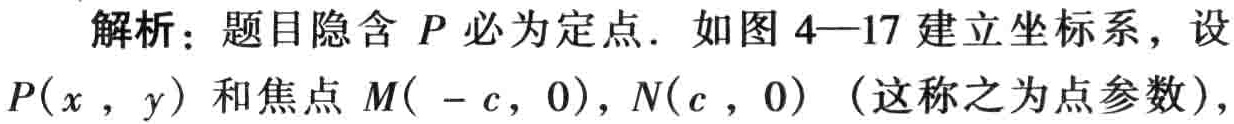
解析：题目隐含 \(P\) 必为定点. 如图4—17建立坐标系，设 \(P(x,y)\) 和焦点 \(M(-c,0)\)，\(N(c,0)\)（这称之为点参数），